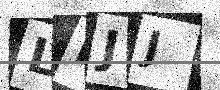
Text: LPJJ